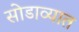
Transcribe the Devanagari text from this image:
सोडाव्यात